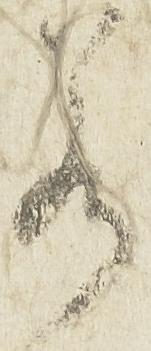
若